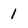
Character: 1